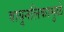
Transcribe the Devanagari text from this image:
वायुनलिकामुळे